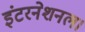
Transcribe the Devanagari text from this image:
इंटरनेशनल।